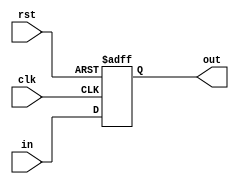
module oc8051_reg3 (clk, rst, in, out);
input [2:0] in; input clk, rst;
output [2:0] out;
reg [2:0] out;

always @(posedge clk or posedge rst)
  if (rst) out <= 3'b000;
  else
    out <= #1 in;

endmodule